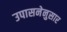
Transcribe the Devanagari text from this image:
उपासनेनुसार